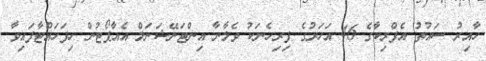
ހާއިރު ސައުތު އެފްރިކާގެ 46 އަހަރުގެ ފިރިހެނަކު ވެލާނާ އިންޓަނޭޝަނަލް އެއާޕޯޓުން ހިފަހައްޓާފައިވާ